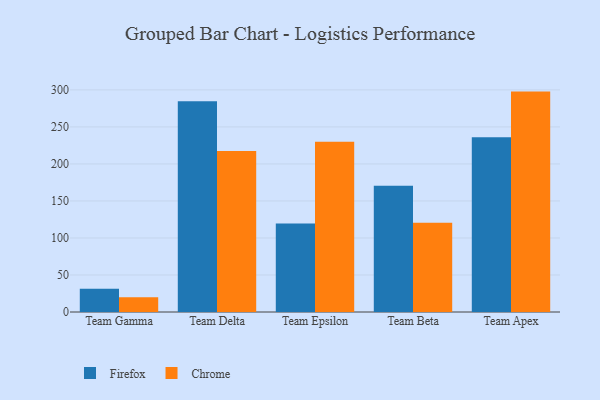
{"axis": {"x": "Team", "y": "Latency (ms)"}, "legend": ["Chrome", "Firefox"], "data": [{"x": "Team Gamma", "y": 31.3, "type": "Firefox"}, {"x": "Team Gamma", "y": 20.0, "type": "Chrome"}, {"x": "Team Delta", "y": 284.6, "type": "Firefox"}, {"x": "Team Delta", "y": 217.5, "type": "Chrome"}, {"x": "Team Epsilon", "y": 119.6, "type": "Firefox"}, {"x": "Team Epsilon", "y": 230.0, "type": "Chrome"}, {"x": "Team Beta", "y": 170.6, "type": "Firefox"}, {"x": "Team Beta", "y": 120.7, "type": "Chrome"}, {"x": "Team Apex", "y": 236.0, "type": "Firefox"}, {"x": "Team Apex", "y": 297.7, "type": "Chrome"}]}